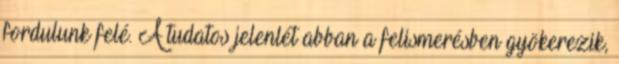
fordulunk felé. A tudatos jelenlét abban a felismerésben gyökerezik,